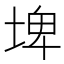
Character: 埤